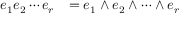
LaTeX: \begin{array} { r l } { e _ { 1 } e _ { 2 } \cdots e _ { r } } & { = e _ { 1 } \wedge e _ { 2 } \wedge \cdots \wedge e _ { r } } \end{array}